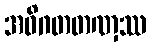
အဝိဂတတဏှဿ